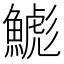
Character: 𲌾